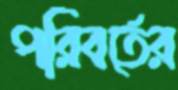
পরিবর্তের